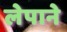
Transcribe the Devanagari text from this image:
लेपाने